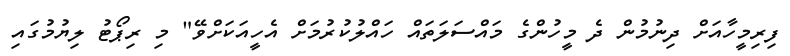
ފިރިމީހާއަށް ދިނުމުން ދެ މީހުންގެ މައްސަލަތައް ހައްލުކުރުމަށް އެހީއަކަށްވޭ" މި ރިޕޯޓު ލިޔުމުގައި